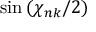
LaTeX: \sin { ( \chi _ { n k } / 2 ) }